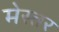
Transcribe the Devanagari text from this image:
मेस्तर